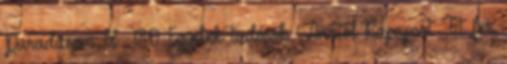
Paradicsom II 180 Egyebek tudósok : Anatol Rapaport Tit for